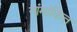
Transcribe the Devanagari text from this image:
नांमांकित